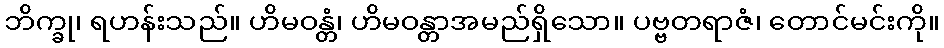
ဘိက္ခု၊ ရဟန်းသည်။ ဟိမဝန္တံ၊ ဟိမဝန္တာအမည်ရှိသော။ ပဗ္ဗတရာဇံ၊ တောင်မင်းကို။